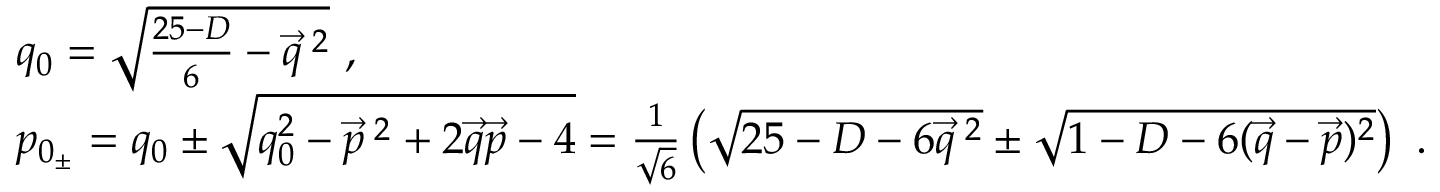
\begin{array} { l } { { q _ { 0 } = \sqrt { \frac { 2 5 - D } { 6 } - \vec { q } ^ { \; 2 } } \ , } } \\ { { p _ { 0 _ { \pm } } = q _ { 0 } \pm \sqrt { q _ { 0 } ^ { 2 } - \vec { p } ^ { \; 2 } + 2 \vec { q } \vec { p } - 4 } = \frac { 1 } { \sqrt { 6 } } \left( \sqrt { 2 5 - D - 6 \vec { q } ^ { \; 2 } } \pm \sqrt { 1 - D - 6 ( \vec { q } - \vec { p } ) ^ { 2 } } \right) \ . } } \end{array}